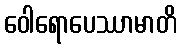
ဝေါရောပေဿာမာတိ